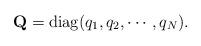
LaTeX: \begin{align*}{\rm {\bf Q}} = {\rm diag} ( q_1, q_2, \cdots, q_N ) .\end{align*}